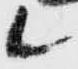
候